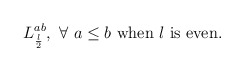
\begin{align*}L_{\frac{\l}{2}}^{ab}, \ \forall\ a\leq b \ \textup{when $\l$ is even}.\end{align*}